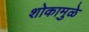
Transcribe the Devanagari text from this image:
शोकामुळे